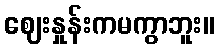
ဈေးနှုန်းကမကွာဘူး။